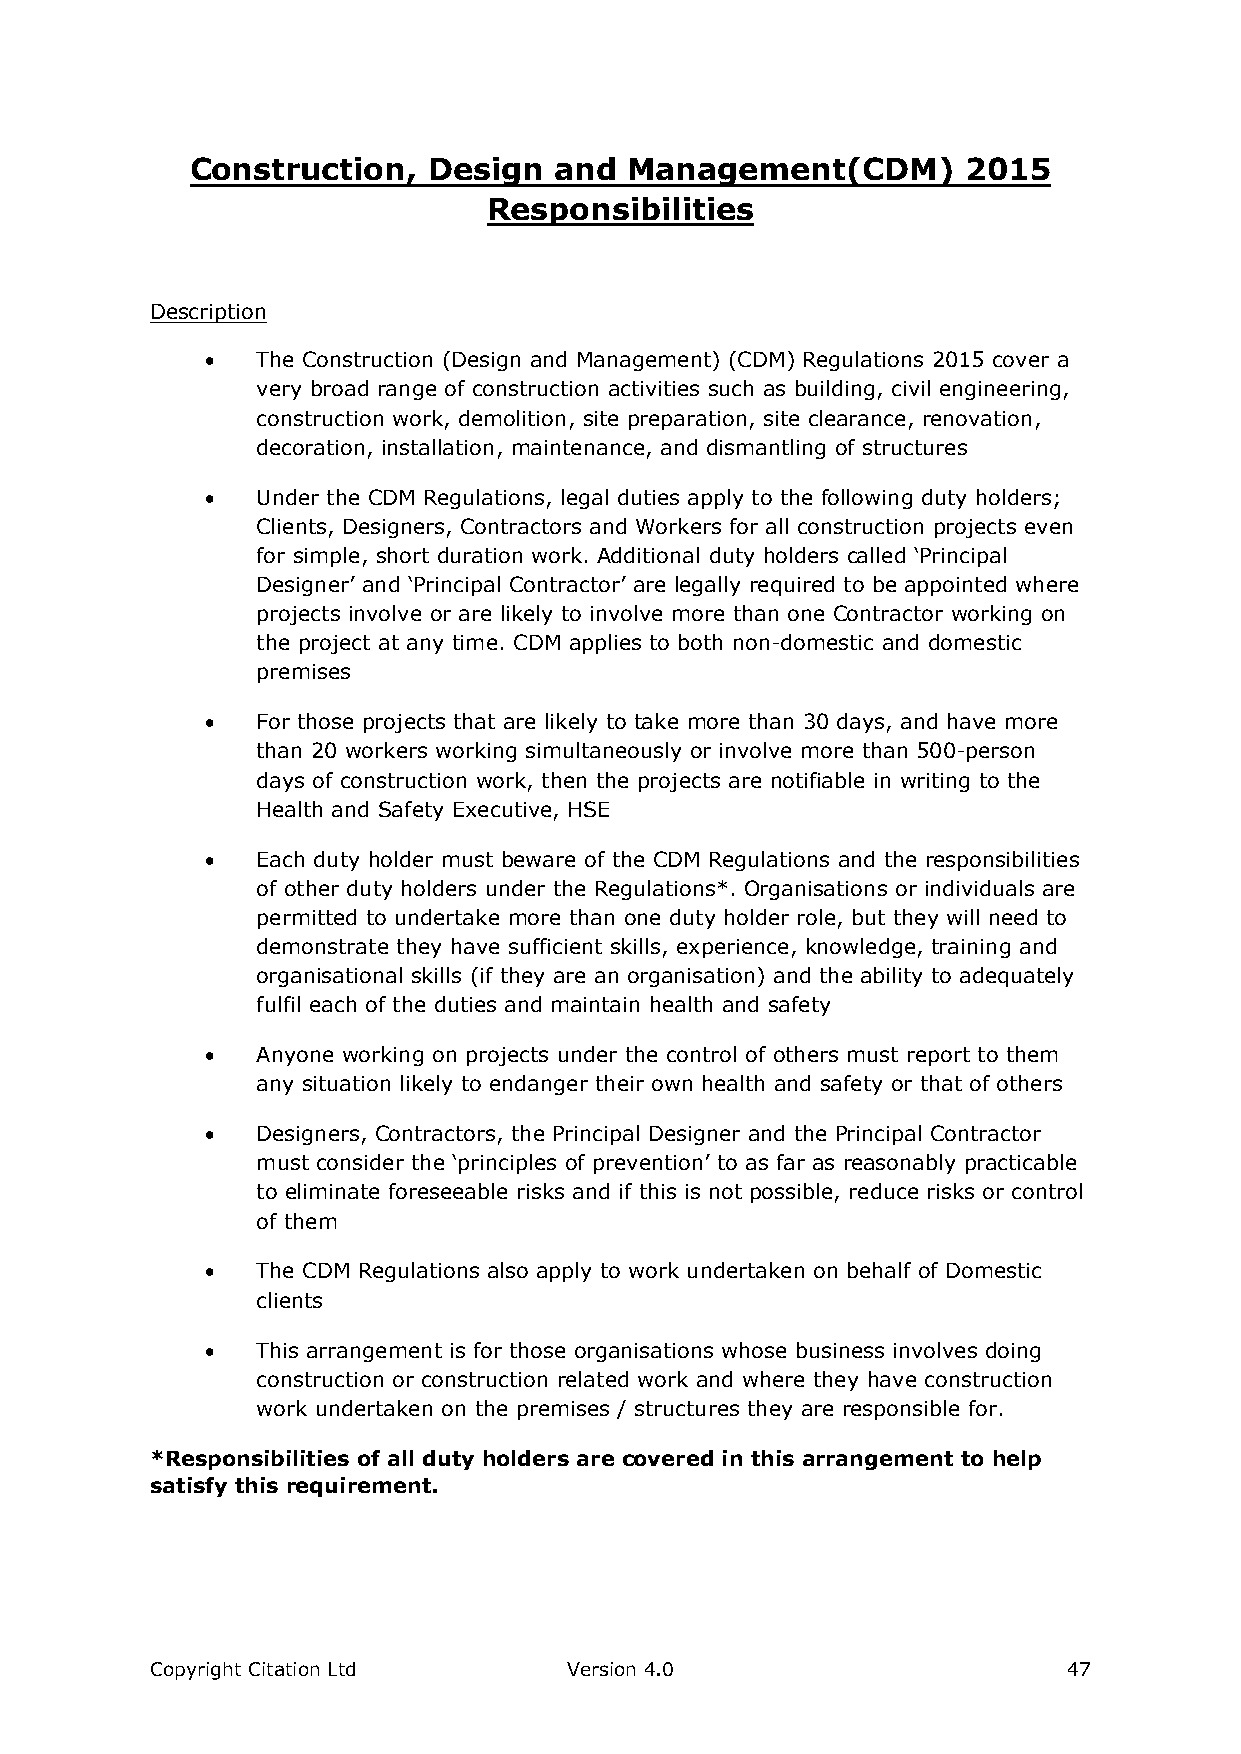
Construction,  Design   and  Management(CDM)       2015
 Responsibilities
 Description
   The Construction (Design and Management) (CDM) Regulations 2015 cover a
 very broad range of construction activities such as building, civil engineering,
 construction work, demolition, site preparation, site clearance, renovation,
 decoration, installation, maintenance, and dismantling of structures
   Under the CDM Regulations, legal duties apply to the following duty holders;
 Clients, Designers, Contractors and Workers for all construction projects even
 for simple, short duration work. Additional duty holders called ‘Principal
 Designer’ and ‘Principal Contractor’ are legally required to be appointed where
 projects involve or are likely to involve more than one Contractor working on
 the project at any time. CDM applies to both non-domestic and domestic
 premises
   For those projects that are likely to take more than 30 days, and have more
 than 20 workers working simultaneously or involve more than 500-person
 days of construction work, then the projects are notifiable in writing to the
 Health and Safety Executive, HSE
   Each duty holder must beware of the CDM Regulations and the responsibilities
 of other duty holders under the Regulations*. Organisations or individuals are
 permitted to undertake more than one duty holder role, but they will need to
 demonstrate they have sufficient skills, experience, knowledge, training and
 organisational skills (if they are an organisation) and the ability to adequately
 fulfil each of the duties and maintain health and safety
   Anyone working on projects under the control of others must report to them
 any situation likely to endanger their own health and safety or that of others
   Designers, Contractors, the Principal Designer and the Principal Contractor
 must consider the ‘principles of prevention’ to as far as reasonably practicable
 to eliminate foreseeable risks and if this is not possible, reduce risks or control
 of them
   The CDM Regulations also apply to work undertaken on behalf of Domestic
 clients
   This arrangement is for those organisations whose business involves doing
 construction or construction related work and where they have construction
 work undertaken on the premises / structures they are responsible for.
 *Responsibilities of all duty holders are covered in this arrangement to help
 satisfy this requirement.
 Copyright Citation Ltd      Version 4.0                      47